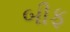
બીફ